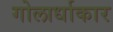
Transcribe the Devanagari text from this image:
गोलार्धाकार